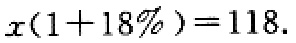
\(x(1 + 18\%) = 118.\)